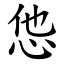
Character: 怹